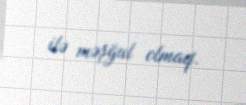
ilə məşğul olmaq.